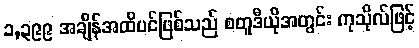
၁,၃၉၉ အချိန်အထိပင်ဖြစ်သည် စတူဒီယိုအတွင်း ကုသိုလ်ဖြင့်